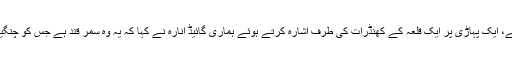
شہر کی سیر کرتے ہوئے، ایک پہاڑی پر ایک قلعہ کے کھنڈرات کی طرف اشارہ کرتے ہوئے ہماری گائیڈ انارہ نے کہا کہ یہ وہ سمر قند ہے جس کو چنگیز خان نے تباہ کردیا تھا۔